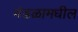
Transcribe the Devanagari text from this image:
मंडळामधील